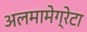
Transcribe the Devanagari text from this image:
अलमामेग्रेटा